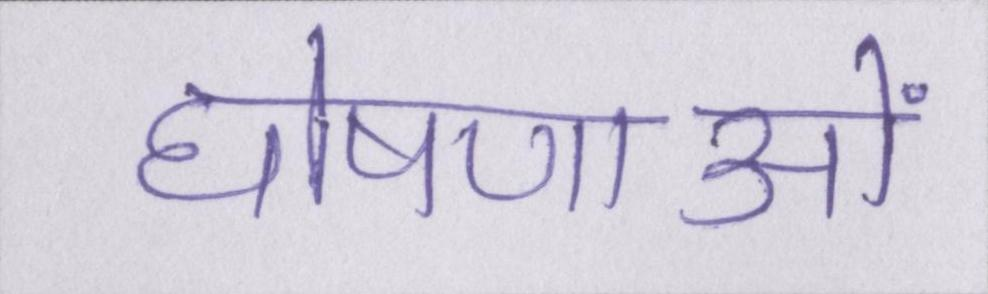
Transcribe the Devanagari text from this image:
घोषणाओं